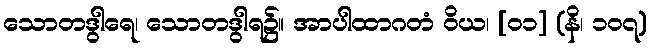
သောတဒွါရေ၊ သောတဒွါရ၌။ အာပါထာဂတံ ဝိယ၊ [၀၁] (နိ၊ ၁၀၇)